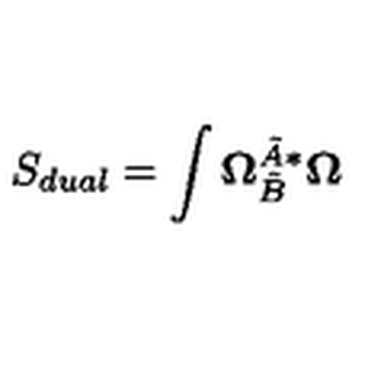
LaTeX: S _ { d u a l } = \int \mathbf { \Omega } _ { \tilde { B } } ^ { \tilde { A } \ast } \mathbf { \Omega }